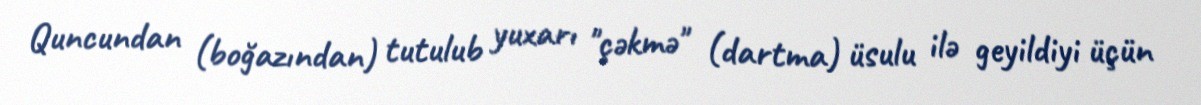
Quncundan (boğazından) tutulub yuxarı "çəkmə" (dartma) üsulu ilə geyildiyi üçün